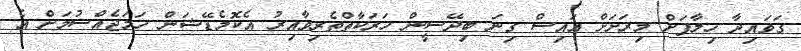
ގަވައިދާ ހިލާފަށް މިރަށަށް އައިސް ގިނަ ބިދޭސީން ހަރަކާތްތެރިވާއިރު އެކޮމެޑޭޝަން ހަމަޖެއްސުމަށް އެ